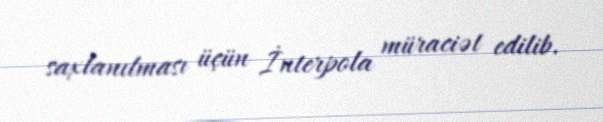
saxlanılması üçün İnterpola müraciət edilib.